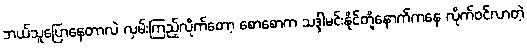
ဘယ်သူပြောနေတာလဲ လှမ်းကြည့်လိုက်တော့ စောစောက သဒ္ဒါမင်းနိုင်တို့နောက်ကနေ လိုက်ဝင်လာတဲ့